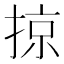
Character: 掠